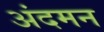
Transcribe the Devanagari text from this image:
अंदमन